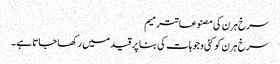
سرخ ہرن کی مصنوعاتترمیم
سرخ ہرن کو کئی وجوہات کی بنا پر قید میں رکھا جاتا ہے۔